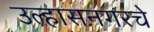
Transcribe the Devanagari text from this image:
उल्हासनगरचे